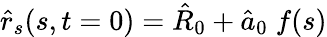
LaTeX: \hat{r}_{s}(s,t=0)=\hat{R}_{0}+\hat{a}_{0}\; f(s)